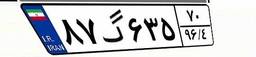
۸۷گ۶۳۵۷۰